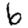
Digit: 6